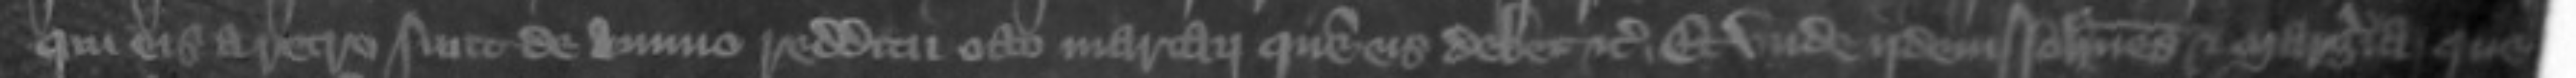
qui eis aretro sunt de annuo redditu octo marcarum quem eis debet etc Et unde iidem Johannes et Margeria que